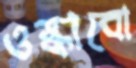
ওস্‌কাবো